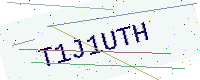
Text: T1J1UTH